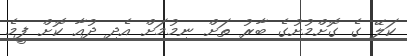
ކަލޭ ގެ ގޮށްމުށުގެ ބާރު ތަށް ނިމުމަށް އެދި ދުއާ ކޮށް ފީމެ